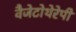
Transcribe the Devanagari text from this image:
वैजेटोथेरेपी